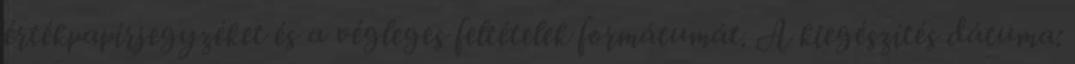
értékpapírjegyzéket és a végleges feltételek formátumát. A kiegészítés dátuma: